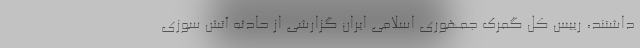
داشتند، رییس کل گمرک جمهوری اسلامی ایران گزارشی از حادثه آتش سوزی